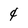
Character: 4